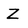
Character: Z